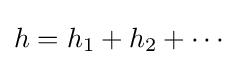
h=h_{1}+h_{2}+\cdots